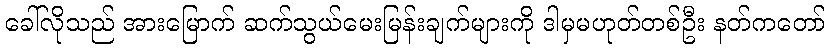
ခေါ်လိုသည် အားမြောက် ဆက်သွယ်မေးမြန်းချက်များကို ဒါမှမဟုတ်တစ်ဦး နတ်ကတော်